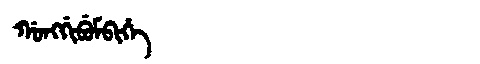
Manchu: ᡤᠣᠩᡤᡳᠪᡠᠮᠪᡳᡥᡝ
Romanization: GONGGIBUMBIHE